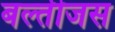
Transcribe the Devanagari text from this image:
बल्तीजस